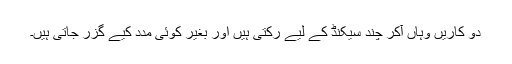
دو کاریں وہاں آکر چند سیکنڈ کے لیے رکتی ہیں اور بغیر کوئی مدد کیے گزر جاتی ہیں۔